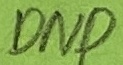
Text: DND